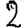
Digit: 2